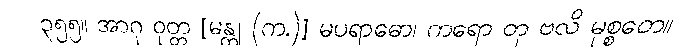
၃၅၅။ အာဂု ဝုတ္တ [မန္တု (က.)] မပရာဓော၊ ကရော တု ဗလိ မုစ္စတေ။